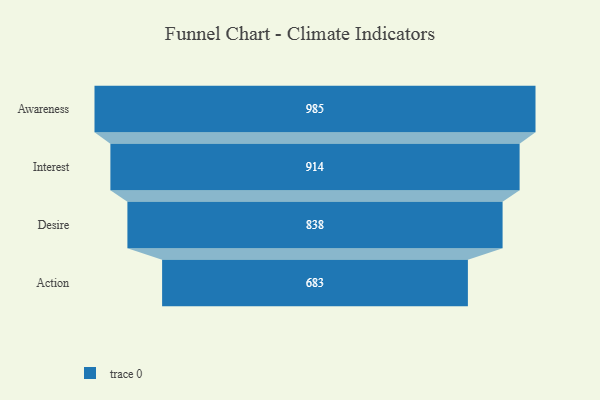
{"axis": {"x": "Stage", "y": "Value"}, "legend": [""], "data": [{"x": "Awareness", "y": 985.0, "type": ""}, {"x": "Interest", "y": 914.0, "type": ""}, {"x": "Desire", "y": 838.0, "type": ""}, {"x": "Action", "y": 683.0, "type": ""}]}